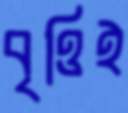
বৃত্তিই